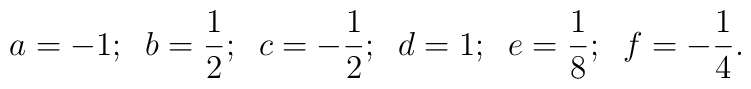
a=-1;\;\;b=\frac 12;\;\;c=-\frac12;\;\;d=1;\;\;e=\frac 18;\;\;f=-\frac 14.